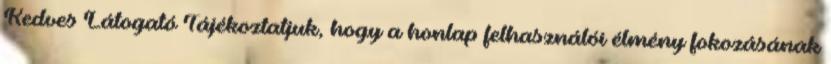
Kedves Látogató Tájékoztatjuk, hogy a honlap felhasználói élmény fokozásának